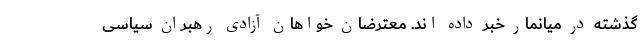
گذشته در میانمار خبر داده اند. معترضان خواهان آزادی رهبران سیاسی